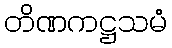
တိဏကဋ္ဌသမံ